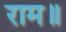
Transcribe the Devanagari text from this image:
राम॥